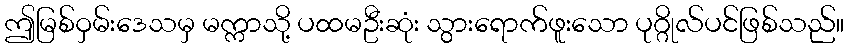
ဤမြစ်ဝှမ်းဒေသမှ မက္ကာသို့ ပထမဦးဆုံး သွားရောက်ဖူးသော ပုဂ္ဂိုလ်ပင်ဖြစ်သည်။